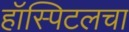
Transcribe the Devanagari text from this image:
हॉस्पिटलचा